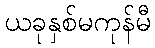
ယခုနှစ်မကုန်မီ